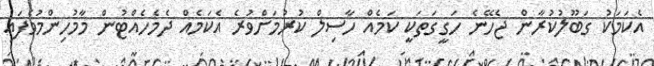
އެކަމަކު ގަބޫލުކުރާން ޖެހޭނެ ހަގީގަތަކީ ކަމެއް ހާސިލް ކުރުމަށްވުރެ އެކަމެއް ދެމެހެއްޓުން މާމުހިންމުވެފައި